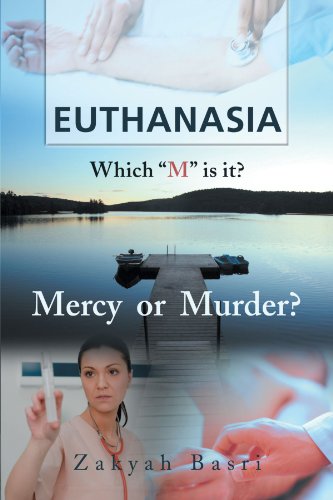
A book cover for Euthanasia: Which "M" is it? Mercy or Murder?; Zakyah Basri; Medical Books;